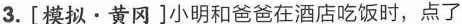
3.\left[模拟·黄冈\right]小明和爸爸在酒店吃饭时，点了